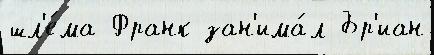
шл'е́ма Франк зан'има́л Бр'иан